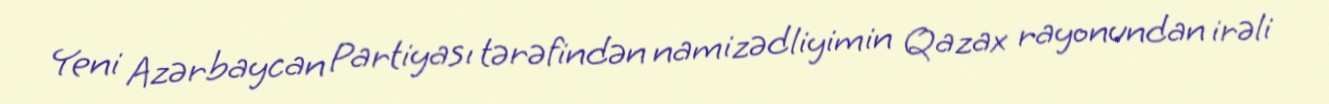
Yeni Azərbaycan Partiyası tərəfindən namizədliyimin Qazax rayonundan irəli